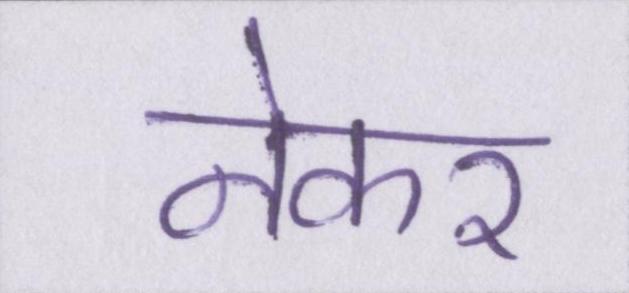
नेकर